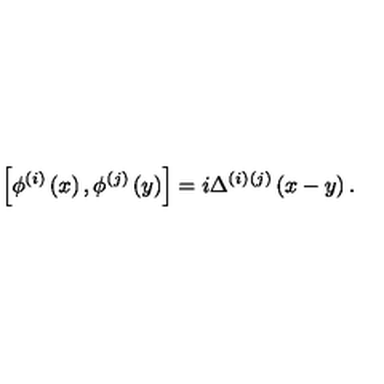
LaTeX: \left[ \phi ^ { ( i ) } \left( x \right) , \phi ^ { ( j ) } \left( y \right) \right] = i \Delta ^ { ( i ) } { } ^ { ( j ) } \left( x - y \right) .